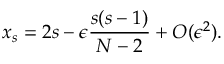
x _ { s } = 2 s - \epsilon \frac { s ( s - 1 ) } { N - 2 } + O ( \epsilon ^ { 2 } ) .